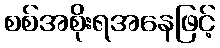
စစ်အစိုးရအနေဖြင့်